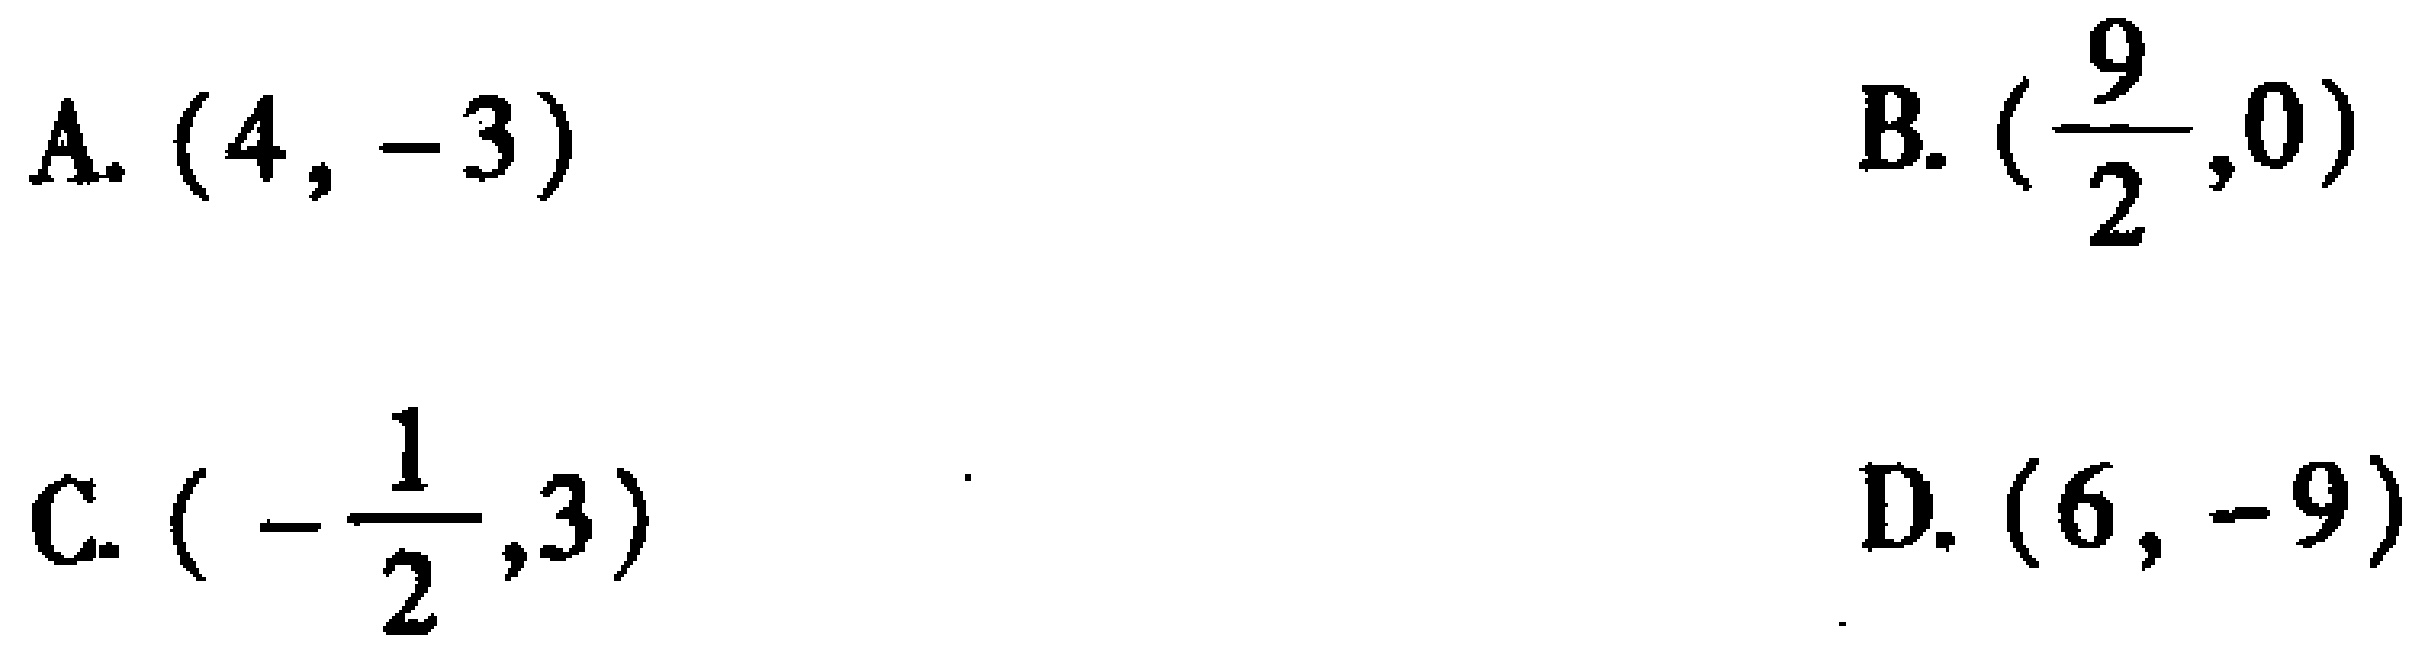
A. \((4,-3)\)
B. \((\frac{9}{2},0)\)
C. \((-\frac{1}{2},3)\)
D. \((6,-9)\)